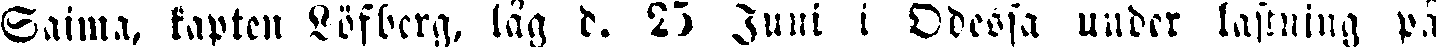
Saima, kapten Löfberg, låg d. 25 Juni i Odessa under lastning på